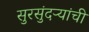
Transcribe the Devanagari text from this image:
सुरसुंदऱ्यांची